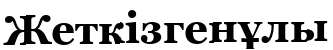
Жеткізгенұлы